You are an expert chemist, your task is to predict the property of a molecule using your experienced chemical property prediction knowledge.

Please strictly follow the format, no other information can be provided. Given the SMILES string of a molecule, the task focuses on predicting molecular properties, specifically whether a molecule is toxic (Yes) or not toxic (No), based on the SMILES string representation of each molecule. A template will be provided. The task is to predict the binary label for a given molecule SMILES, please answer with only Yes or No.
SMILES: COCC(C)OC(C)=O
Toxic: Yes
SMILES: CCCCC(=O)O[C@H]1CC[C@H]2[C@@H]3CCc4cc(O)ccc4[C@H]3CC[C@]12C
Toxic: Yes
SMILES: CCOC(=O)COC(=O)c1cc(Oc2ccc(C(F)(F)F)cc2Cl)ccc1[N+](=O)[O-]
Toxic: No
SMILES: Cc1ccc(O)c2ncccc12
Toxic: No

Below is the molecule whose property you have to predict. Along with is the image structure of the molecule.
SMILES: CC(CCO)CCc1ccccc1
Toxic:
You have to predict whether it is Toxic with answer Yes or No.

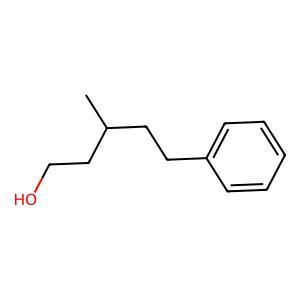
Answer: No